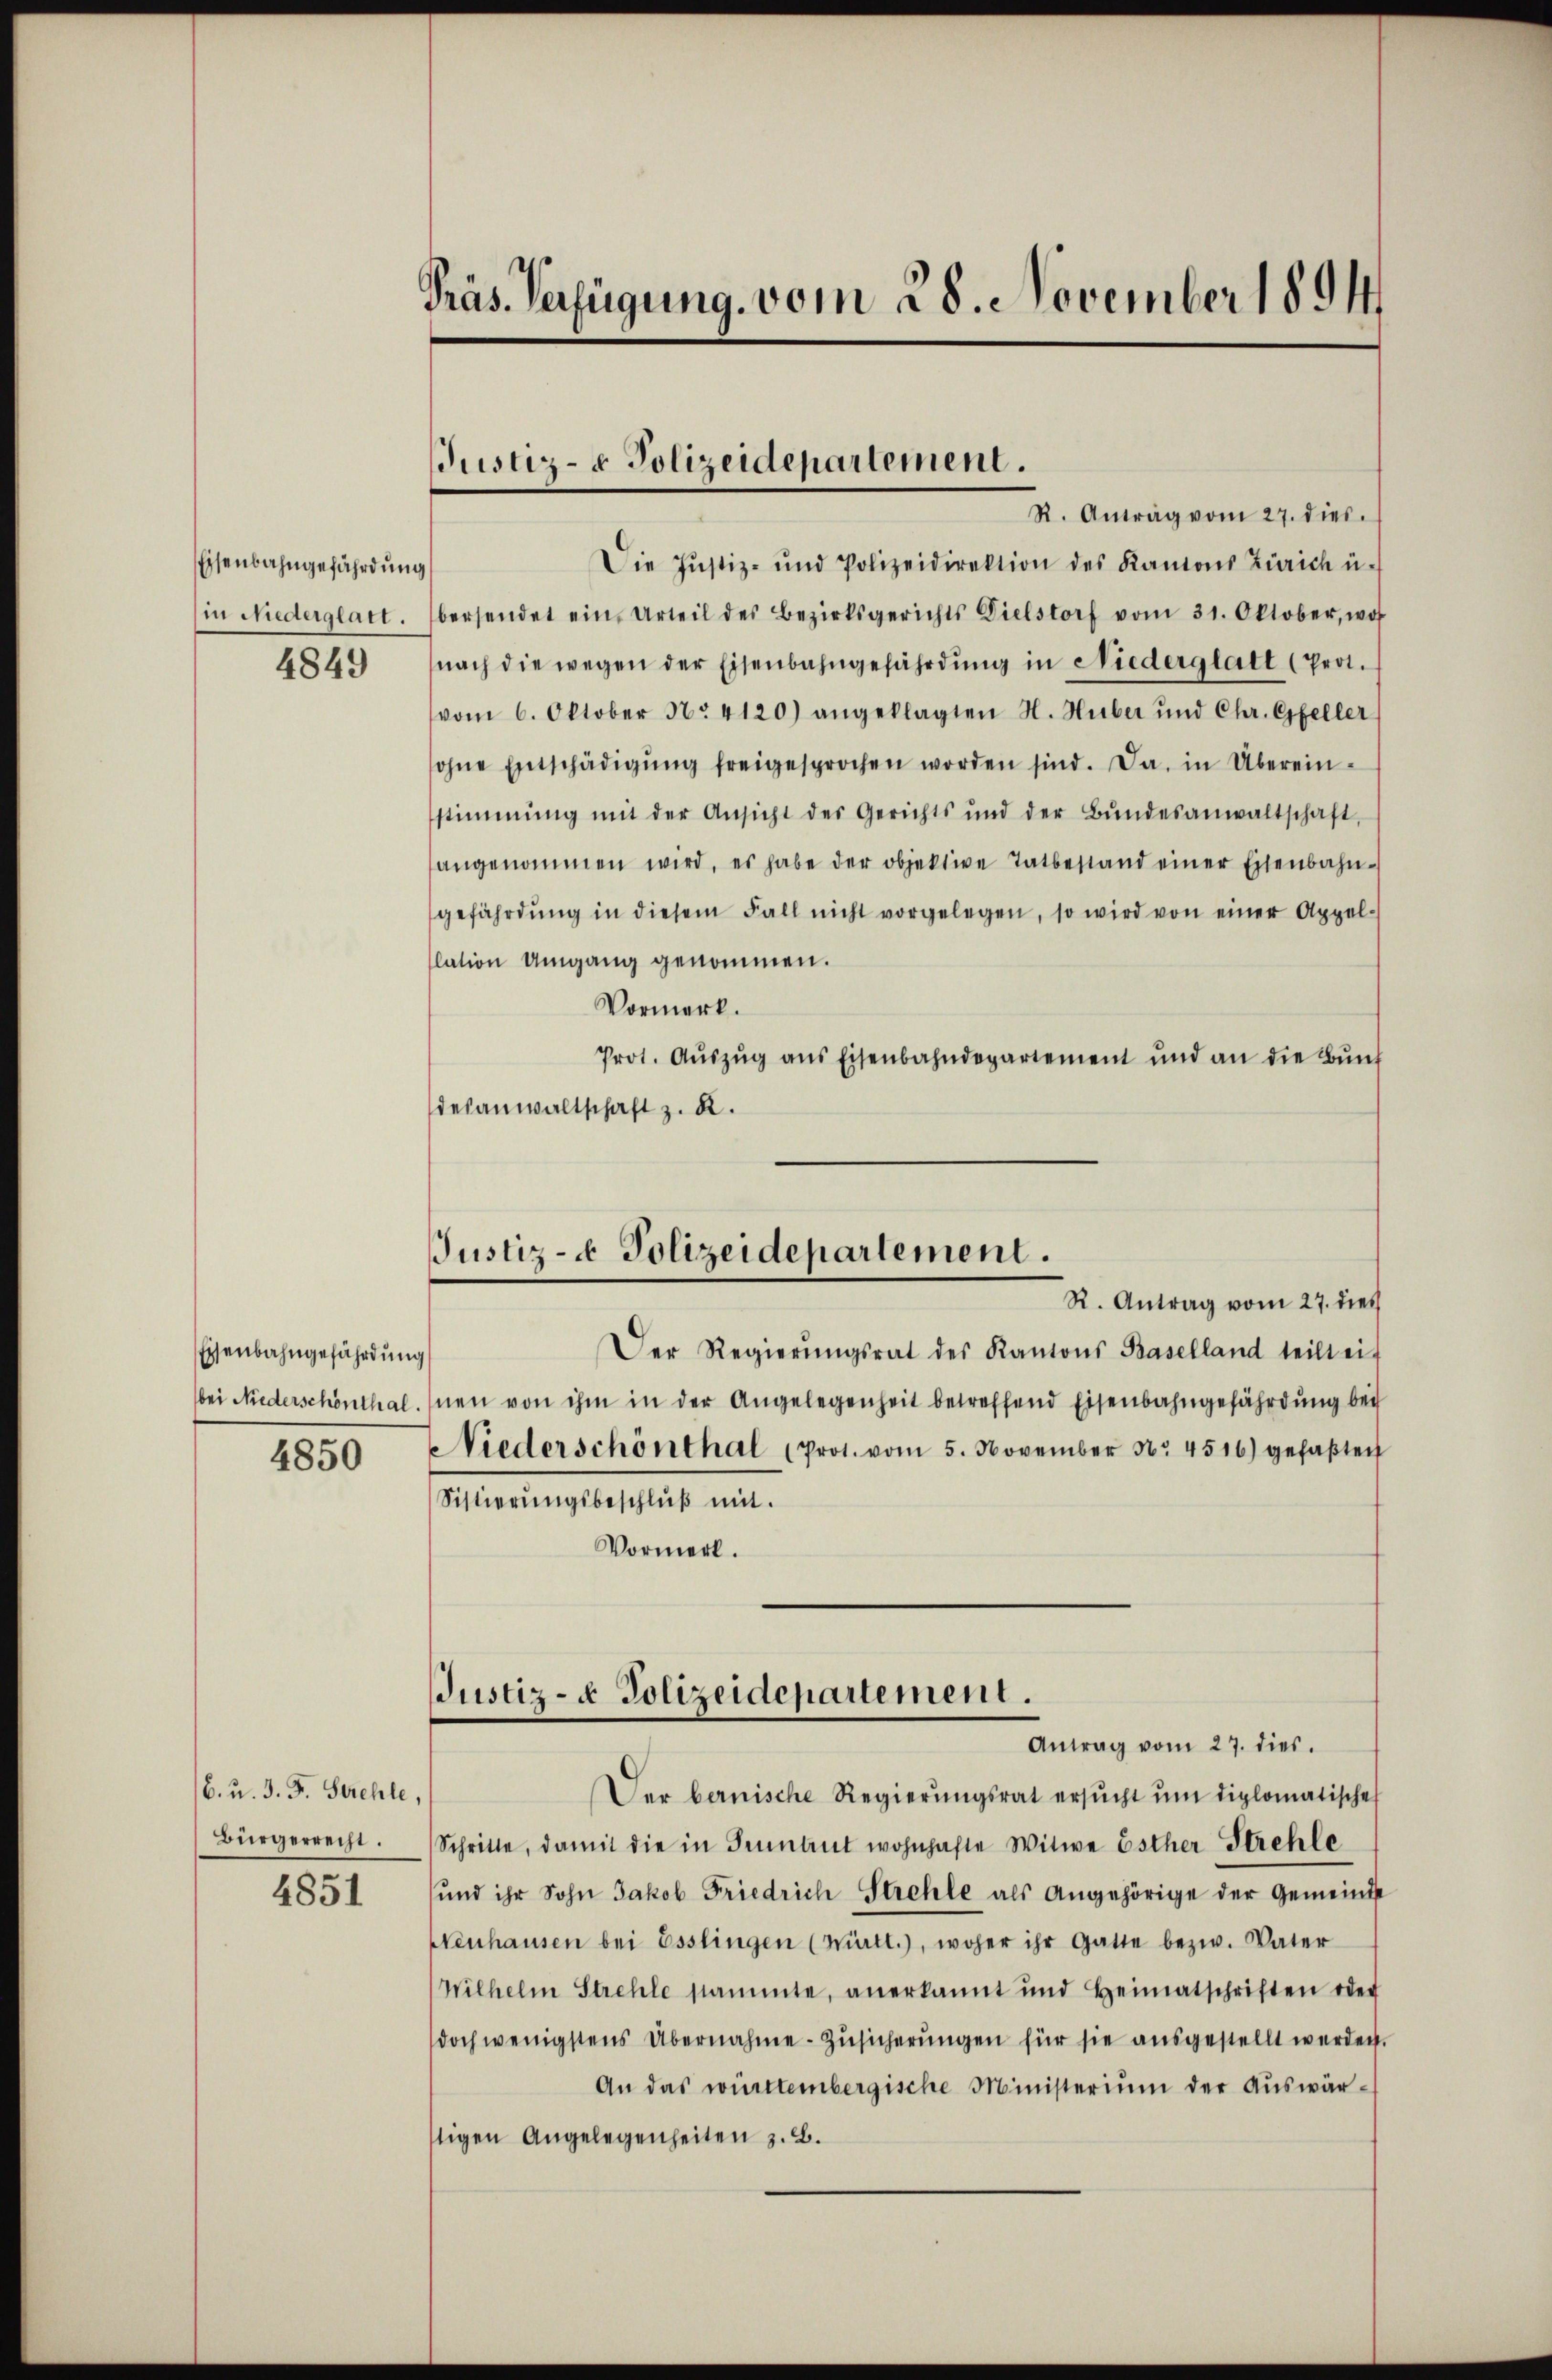
Eisenbahngefährdung
in Niederglatt.
4849

Eisenbahngefährdung
bei Niederschönthal.
4850

6. u. J. F. Strehle
Bürgerrecht.

4851

Präs. Verfügung vom 28. November 1894

JJustiz- & Polizeidepartement.
R. Antrag vom 27. dies.

Die Justiz- und Polizeidirektion des Kantons Zürich ü
bersendet ein Urteil des Bezirksgerichts Dielstorf vom 31. Oktober, wo
nach die wegen der Eisenbahngefährdŭng in Niederglatt (Prot.
vom 6. Oktober No. 4120) angeklagten H. Huber und Chr. Gfeller
ohne Entschädigŭng freigesprochen worden sind. Da in Übereinstimmung mit der Ansicht des Gerichts und der Bŭndesanwaltschaft,
angenommen wird, es habe der objektive Tatbestand einer Eisenbahn-
gefährdŭng in diesem Fall nicht vorgelegen, so wird von einer Appel-
lation Umgang genommen.
Vormerk.
Prot. Aŭszŭg ans Eisenbahndepartement und an die Bŭnf
desanwaltschaft z. R.

JJustiz- & Polizeidepartement.

JJustiz- & Polizeidepartement.
Antrag vom 27. dies.

R. Antrag vom 27. dies
Der Regierŭngsrat des Kantons Baselland teilt eif
¬
nen von ihm in der Angelegenheit betreffend Eisenbahngefährdung bei
Niederschönthal (Prot. vom 5. November Nr. 4516) gefaβten
Sistierŭngsbeschlŭβ mit.
Vormerk.
er bernische Regierŭngsrat ersŭcht ŭm diplomatische
Schritte, damit die in Inmant wohnhafte Witwe Esther Strehle
und ihr Sohn Jakob Friedrich Strehle als Angehörige der Gemeinde
Henhausen bei Esslingen (Württ.), woher ihr Gatte bezw. Vater
Wilhelm Strehle stammte, anerkannt und Heimatschriften oder
doch wenigstens Übernahme Zŭsicherŭngen für sie ausgestellt werden.
An das württembergische Ministerium der Auswärstigen Angelegenheiten z. B.